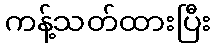
ကန့်သတ်ထားပြီး